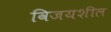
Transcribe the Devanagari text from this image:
विजयशील